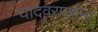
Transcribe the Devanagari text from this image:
यादवराजांना